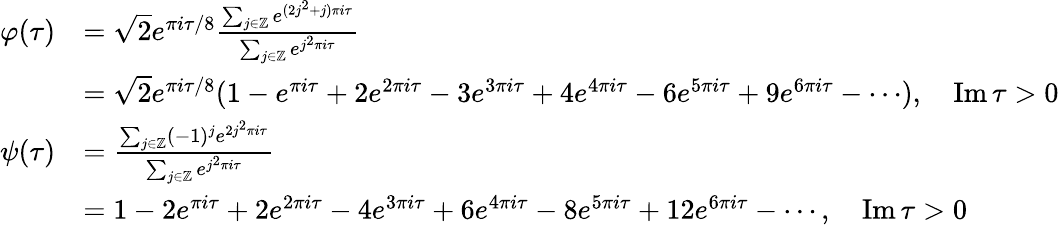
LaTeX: {\begin{array}{rl}{\varphi(\tau)}&{={\sqrt{2}}e^{\pi i\tau/8}{\frac{\sum_{j\in\mathbb{Z}}e^{(2j^{2}+j)\pi i\tau}}{\sum_{j\in\mathbb{Z}}e^{j^{2}\pi i\tau}}}}\\ &{={\sqrt{2}}e^{\pi i\tau/8}(1-e^{\pi i\tau}+2e^{2\pi i\tau}-3e^{3\pi i\tau}+4e^{4\pi i\tau}-6e^{5\pi i\tau}+9e^{6\pi i\tau}-\cdots),\quad\operatorname{Im}\tau>0}\\ {\psi(\tau)}&{={\frac{\sum_{j\in\mathbb{Z}}(-1)^{j}e^{2j^{2}\pi i\tau}}{\sum_{j\in\mathbb{Z}}e^{j^{2}\pi i\tau}}}}\\ &{=1-2e^{\pi i\tau}+2e^{2\pi i\tau}-4e^{3\pi i\tau}+6e^{4\pi i\tau}-8e^{5\pi i\tau}+12e^{6\pi i\tau}-\cdots,\quad\operatorname{Im}\tau>0}\end{array}}